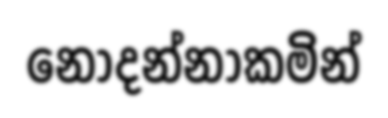
නොදන්නාකමින්